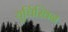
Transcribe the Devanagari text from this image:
युर्चिखिन